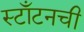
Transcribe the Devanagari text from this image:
स्टाँटनची